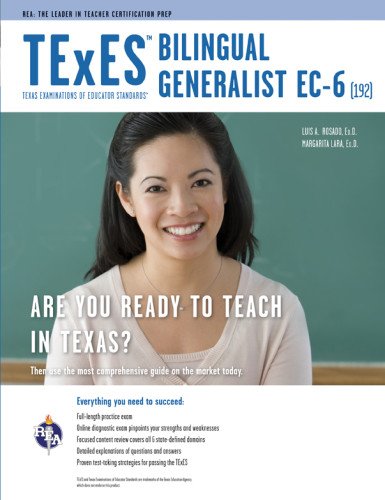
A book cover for TExES Bilingual Generalist EC-6 (192) Book + Online (TExES Teacher Certification Test Prep); Dr. Luis A. Rosado Ed.D.; Test Preparation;